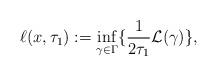
LaTeX: \begin{align*}\ell (x,\tau_{1}):=\inf_{\gamma\in \Gamma}\{\frac{1}{2\tau_{1}}\mathcal{L}(\gamma)\},\end{align*}